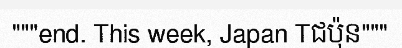
"""end. This week, Japan Tជប៉ុន"""